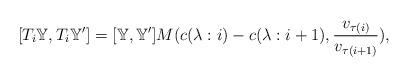
LaTeX: \begin{align*}[T_i\mathbb{Y},T_i\mathbb{Y}']=[\mathbb{Y},\mathbb{Y}'] M(c(\lambda: i)-c(\lambda: i+1),\dfrac{v_{\tau(i)}}{v_{\tau(i+1)}}),\end{align*}